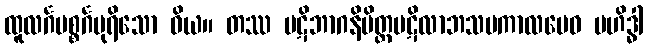
ထူလင်္ဂပစ္စင်္ဂပုရိသော ဝိယ။ တဿ ပဋိဘာဂနိမိတ္တပဋိလာဘသမကာလမေဝ ဗဟိဒ္ဓါ